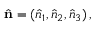
{ \hat { \mathbf { n } } } = ( { \hat { n } } _ { 1 } , { \hat { n } } _ { 2 } , { \hat { n } } _ { 3 } ) \, ,